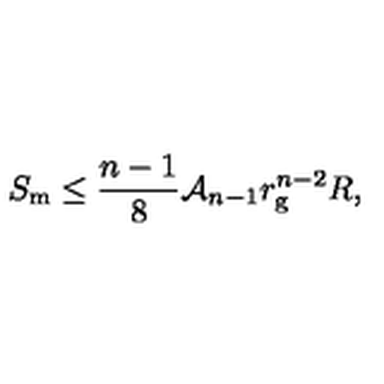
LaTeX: S _ { \mathrm { m } } \leq \frac { n - 1 } { 8 } { \cal A } _ { n - 1 } r _ { \mathrm { g } } ^ { n - 2 } R ,